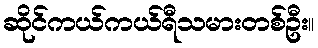
ဆိုင်ကယ်ကယ်ရီသမားတစ်ဦး။